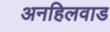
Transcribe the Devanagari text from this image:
अनहिलवाड